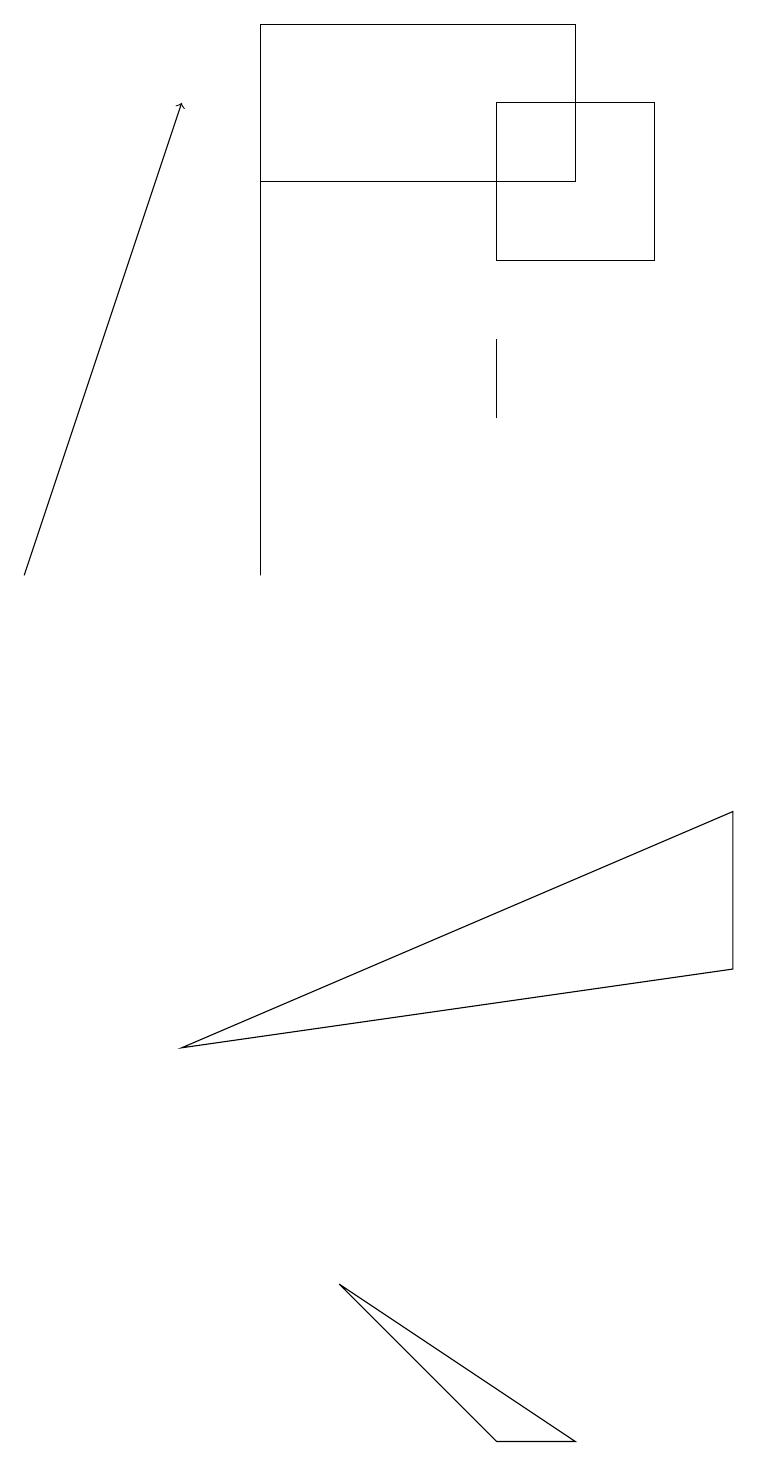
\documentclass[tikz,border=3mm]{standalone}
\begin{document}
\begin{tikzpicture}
\draw[->] (0,11) -- (2,17);
\draw (6,14) rectangle (6,13);
\draw (2,5) -- (9,8) -- (9,6) -- cycle;
\draw (8,17) rectangle (6,15);
\draw (3,16) rectangle (7,18);
\draw (7,0) -- (4,2) -- (6,0) -- cycle;
\draw (3,17) rectangle (3,11);
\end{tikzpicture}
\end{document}